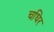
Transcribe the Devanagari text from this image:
चधिर